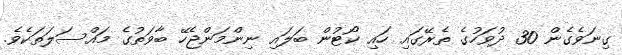
ގިނަވެގެން 30 ދުވަހުގެ ތެރޭގައި ހައި ކޯޓުން ބަލައި ނިންމަންޖެހޭ ބާވަތުގެ މައްސަލަތަކެވެ.